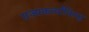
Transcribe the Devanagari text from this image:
राज्यकर्त्यांविरुद्ध